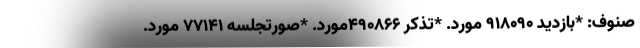
صنوف: *بازدید ۹۱۸۰۹۰ مورد. *تذکر ۴۹۰۸۶۶مورد. *صورتجلسه ۷۷۱۴۱ مورد.